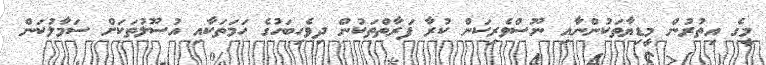
މީގެ އިތުރުން މީޑިޔާތަކުންނާއި ނޫސްވެރިކަން ކުރާ ފަރާތްތަކުން ދިވެހިބަހުގެ ހަމަތަކާއި އުސޫލުތަކަށް ސަމާލުކަން